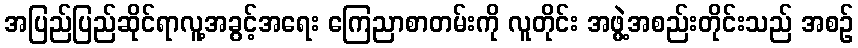
အပြည်ပြည်ဆိုင်ရာလူ့အခွင့်အရေး ကြေညာစာတမ်းကို လူတိုင်း အဖွဲ့အစည်းတိုင်းသည် အစဉ်